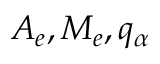
A _ { e } , M _ { e } , q _ { \alpha }